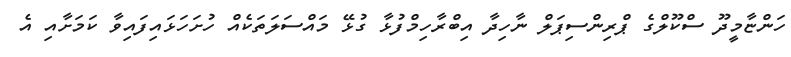
ހަންޏާމީދޫ ސްކޫލްގެ ޕްރިންސިޕަލް ނާހިދާ އިބްރާހިމްފުޅާ ގުޅޭ މައްސަލަތަކެއް ހުށަހަޅައިފައިވާ ކަމަށާއި އެ